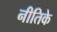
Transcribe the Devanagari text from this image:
नीतिके